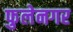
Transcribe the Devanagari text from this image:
फुलेनगर